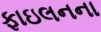
ફાઇલનના